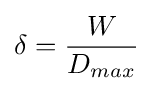
\delta ={\frac {W}{D_{max}}}